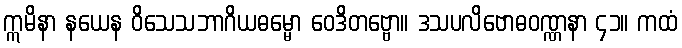
ဣမိနာ နယေန ဝိသေသဘာဂိယဓမ္မော ဝေဒိတဗ္ဗော။ ဒသပလိဗောဓဝဏ္ဏနာ ၄၁။ ကထံ